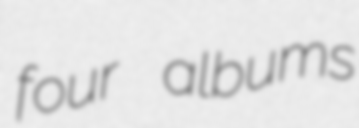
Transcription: four albums